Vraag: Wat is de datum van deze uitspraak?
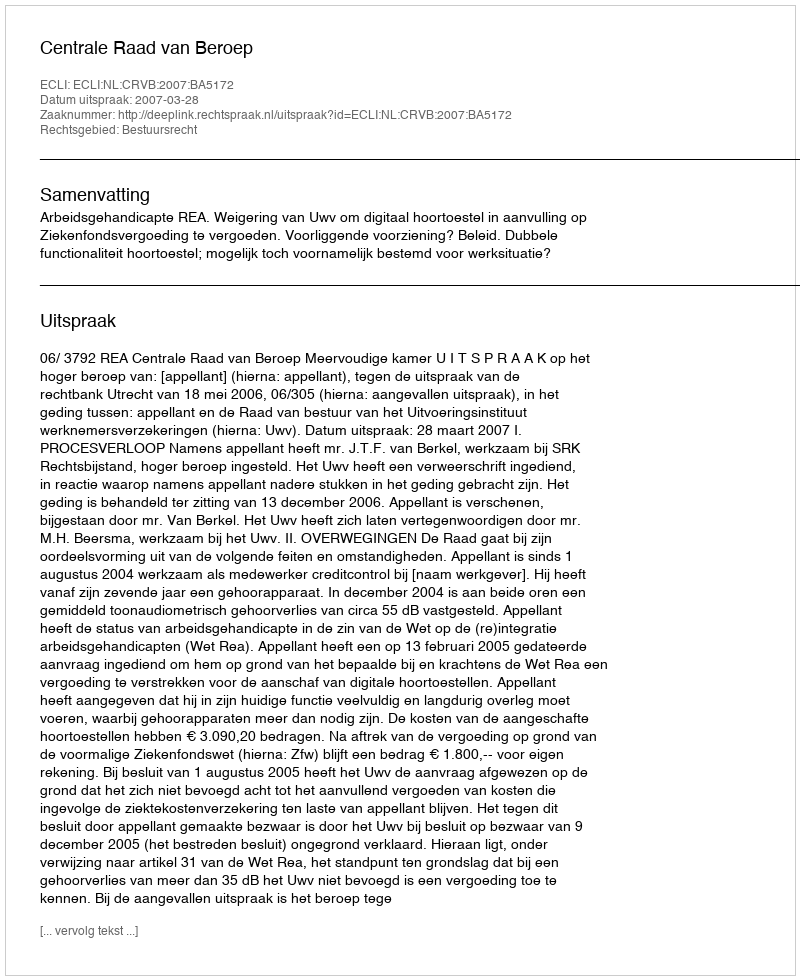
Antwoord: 2007-03-28